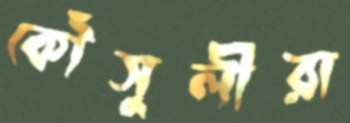
কৌঁসুলীরা